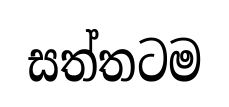
සත්තටම